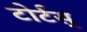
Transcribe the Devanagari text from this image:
टोर्टस्